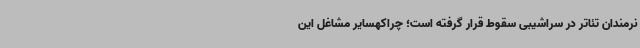
نرمندان تئاتر در سراشیبی سقوط قرار گرفته است؛ چراکهسایر مشاغل این